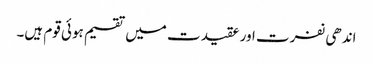
اندھی نفرت اور عقیدت میں تقسیم ہوئی قوم ہیں۔